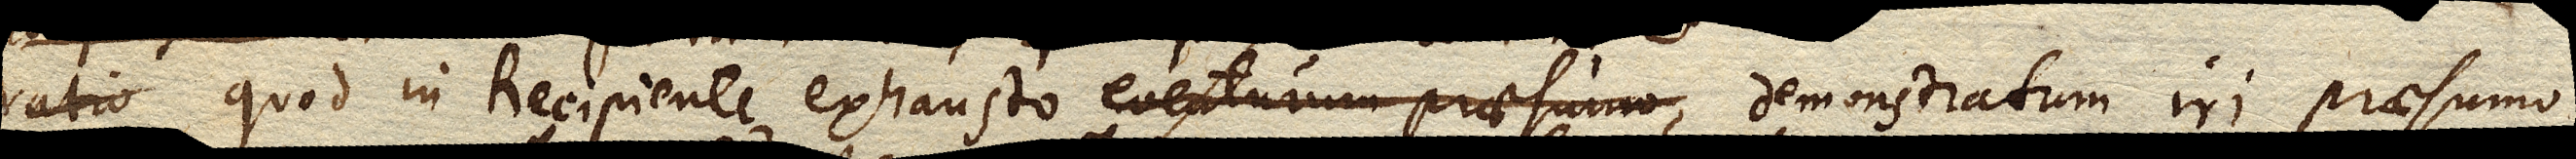
ratio quod in Recipiente exhausto eventurum praesumo demonstratum iri praesumo